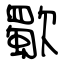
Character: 歜